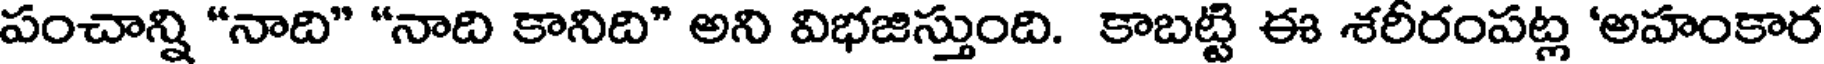
పంచాన్ని "నాది" "నాది కానిది" అని విభజిస్తుంది. కాబట్టి ఈ శరీరంపట్ల 'అహంకార